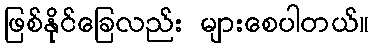
ဖြစ်နိုင်ခြေလည်း များစေပါတယ်။